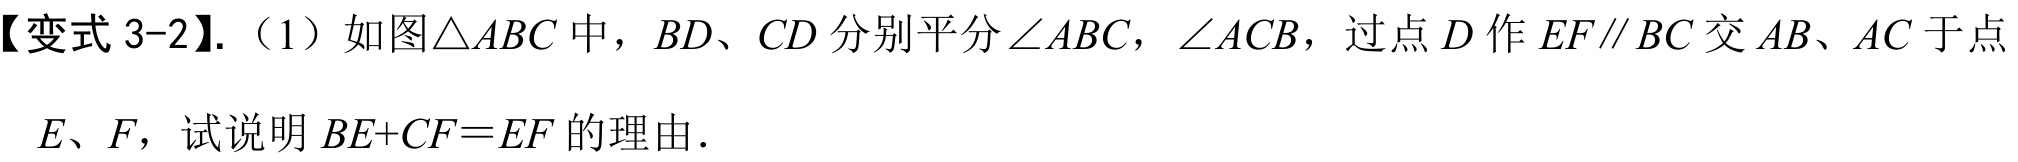
【变式 3-2】.（1）如图\(\triangle ABC\)中，\(BD\)、\(CD\)分别平分\(\angle ABC\)，\(\angle ACB\)，过点\(D\)作\(EF\parallel BC\)交\(AB\)、\(AC\)于点\(E\)、\(F\)，试说明\(BE + CF = EF\)的理由．